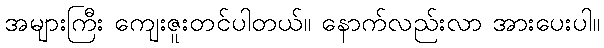
အများကြီး ကျေးဇူးတင်ပါတယ်။ နောက်လည်းလာ အားပေးပါ။